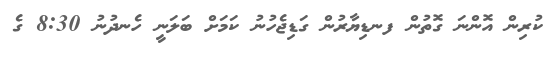
ކުރިން އޮންނަ ގޮތުން ފނޑިޔާރުން ގަޑިޖެހުނު ކަމަށް ބަލަނީ ހެނދުނު 8:30 ގެ